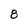
Character: 8